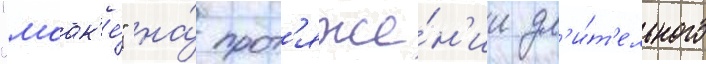
"маак'е́" на́ прот'яже́н'ии дл'и́т'ельного